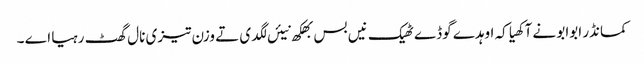
کمانڈر ابوابو نے آکھیا کہ اوہدے گوڈے ٹھیک نیں بس بھکھ نیئں لگدی تے وزن تیزی نال گھٹ رہیا اے ۔